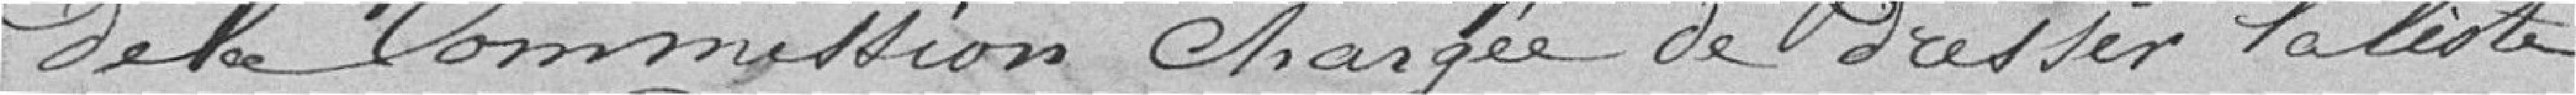
de la commission chargée de dresser la liste